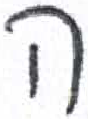
אות: ה